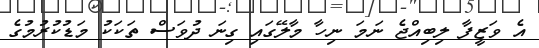
އެ ވަޒީފާ ލިބިއްޖެ ނަމަ ނިހާ މާލޭގައި ގިނަ ދުވަސް ތަކަކު މަޑުކުރުމުގެ